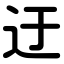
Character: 迂